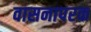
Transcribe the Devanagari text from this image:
वासनापरक